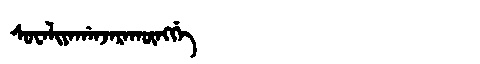
Manchu: ᠰᡠᠸᠠᠯᡳᠶᠠᡤᠠᠨᠵᠠᡵᠠᡴᡡᠩᡤᡝ
Romanization: SUWALIYAGANJARAKŪNGGE